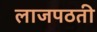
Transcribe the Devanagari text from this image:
लाजपठती